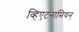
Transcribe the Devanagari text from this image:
व्हिएटनामियन्